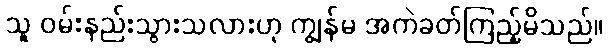
သူ ဝမ်းနည်းသွားသလားဟု ကျွန်မ အကဲခတ်ကြည့်မိသည်။